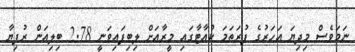
ނަމަވެސް މިދިޔަ އަހަރުގެ ފުރަތަމަ ކުއާޓާގައި މީރާއަށް ލިބިފައިވަނީ 2.78 ބިލިއަން ރުފިޔާ